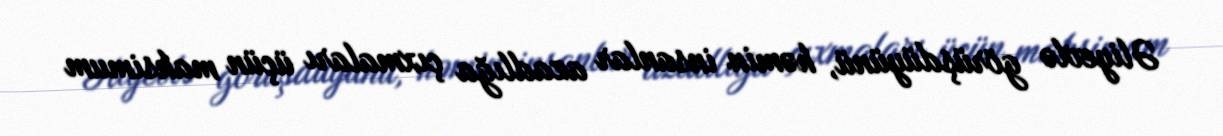
Əliyevlə görüşdüyünü, həmin insanlar azadlığa çıxmaları üçün maksimum